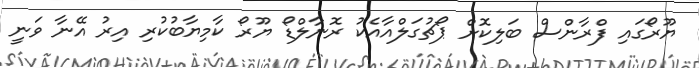
ޔޫރޯގައި ފްރާންސް ބަލިކޮށް ޕޯޗުގަލްއާއެކު ރޮނާލްޑޯ ޔޫރޯ ކާމިޔާބުކުރި އިރު އޭނާ ވަނީ